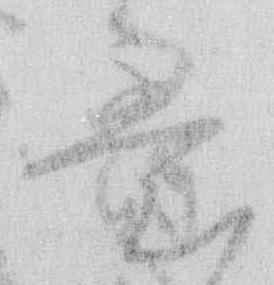
意